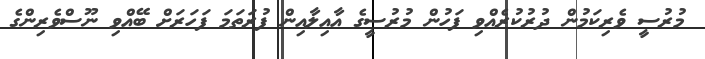
މުރުސީ ވެރިކަމުން ދުރުކުރެއްވި ފަހުން މުރުސީގެ އާއިލާއިން ފުރަތަމަ ފަހަރަށް ބޭއްވި ނޫސްވެރިންގެ